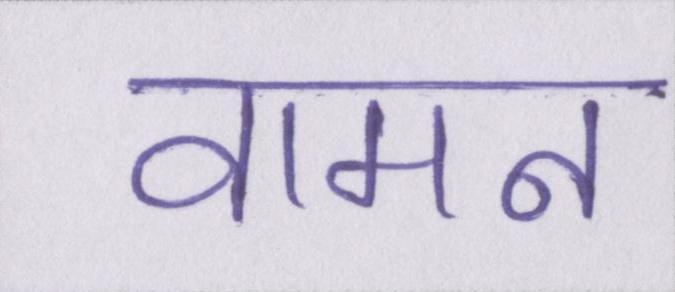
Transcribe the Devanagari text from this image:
वामन